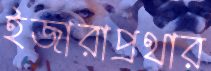
ইজারাপ্রথার